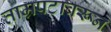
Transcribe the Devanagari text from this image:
ताम्रपटावरून